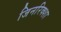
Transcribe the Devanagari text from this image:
जिनरिक्शा